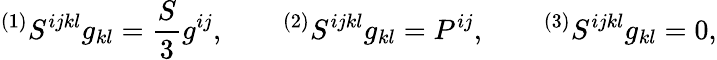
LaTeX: {}^{(1)}S^{ijkl}g_{kl}=\frac S3g^{ij},\qquad{}^{(2)}S^{ijkl}g_{kl}=P^{ij},\qquad{}^{(3)}S^{ijkl}g_{kl}=0,